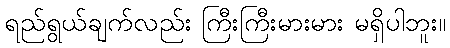
ရည်ရွယ်ချက်လည်း ကြီးကြီးမားမား မရှိပါဘူး။